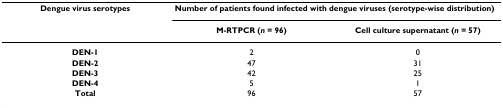
<table><thead><tr><td><b>Dengue virus serotypes</b></td><td colspan="2"><b>Number of patients found infected with dengue viruses (serotype-wise distribution)</b></td></tr><tr><td></td><td><b>M-RTPCR (<i>n </i>= 96)</b></td><td><b>Cell culture supernatant (<i>n </i>= 57)</b></td></tr></thead><tbody><tr><td><b>DEN-1</b></td><td>2</td><td>0</td></tr><tr><td><b>DEN-2</b></td><td>47</td><td>31</td></tr><tr><td><b>DEN-3</b></td><td>42</td><td>25</td></tr><tr><td><b>DEN-4</b></td><td>5</td><td>1</td></tr><tr><td><b>Total</b></td><td>96</td><td>57</td></tr></tbody></table>